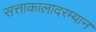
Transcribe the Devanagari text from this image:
सत्ताकालादरम्यान